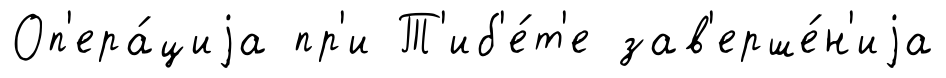
Оп'ера́циjа пр'и Т'иб'е́т'е зав'ерше́н'иjа